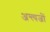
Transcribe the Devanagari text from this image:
अन्त्यजों